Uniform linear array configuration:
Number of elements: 24
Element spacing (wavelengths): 0.25
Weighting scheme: hann
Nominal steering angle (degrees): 0
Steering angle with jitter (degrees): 1.408
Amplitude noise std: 0.05
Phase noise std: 0.05

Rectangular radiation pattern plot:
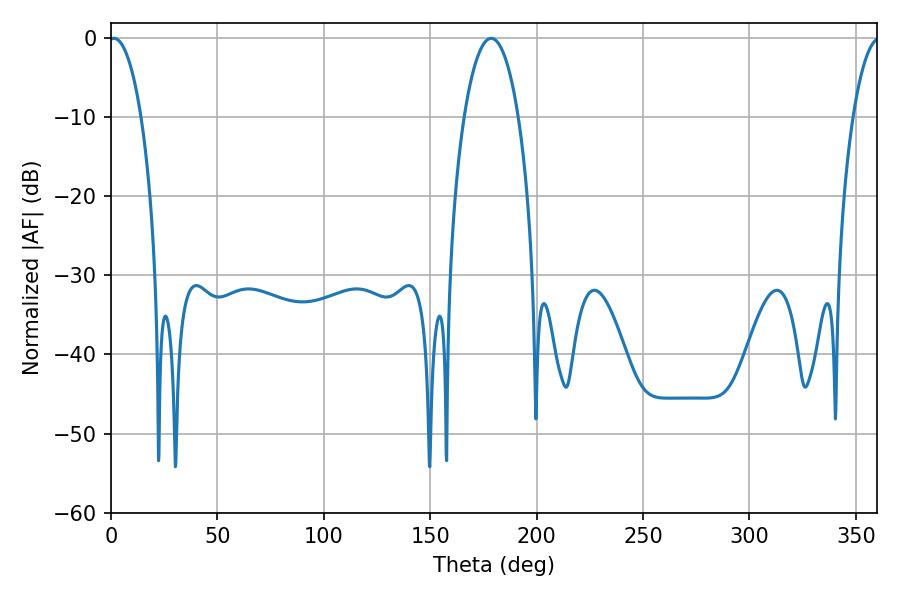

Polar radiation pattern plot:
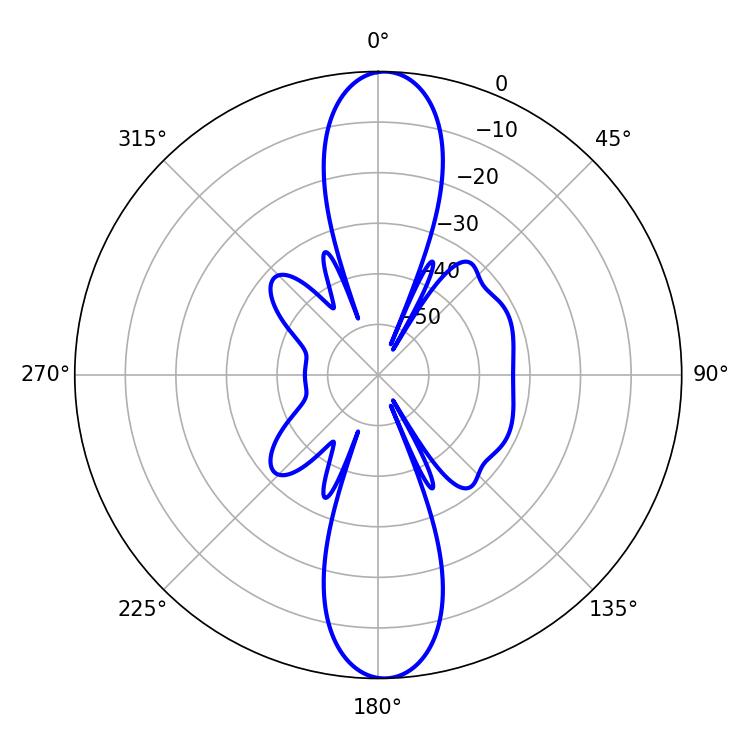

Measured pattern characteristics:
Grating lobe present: FALSE
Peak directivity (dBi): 21.82
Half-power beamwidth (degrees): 8.46
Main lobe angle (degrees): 1.44